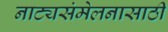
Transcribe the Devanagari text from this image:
नाट्यसंमेलनासाठी